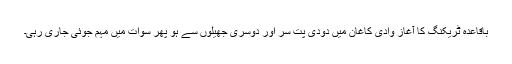
باقاعدہ ٹریکنگ کا آغاز وادی کاغان میں دودی پت سر اور دوسری جھیلوں سے ہو پھر سوات میں مہم جوئی جاری رہی۔